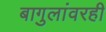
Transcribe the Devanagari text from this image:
बागुलांवरही